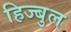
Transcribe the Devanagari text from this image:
हिज्बुल